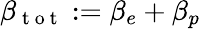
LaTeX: \beta_{\mathrm{~t~o~t~}}:=\beta_{e}+\beta_{p}